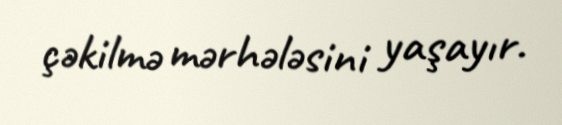
çəkilmə mərhələsini yaşayır.